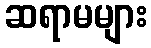
ဆရာမများ